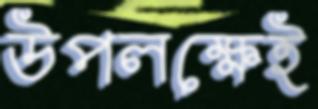
উপলক্ষেই